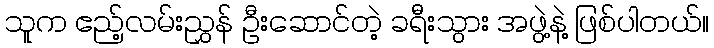
သူက ဧည့်လမ်းညွှန် ဦးဆောင်တဲ့ ခရီးသွား အဖွဲ့နဲ့ ဖြစ်ပါတယ်။